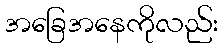
အခြေအနေကိုလည်း